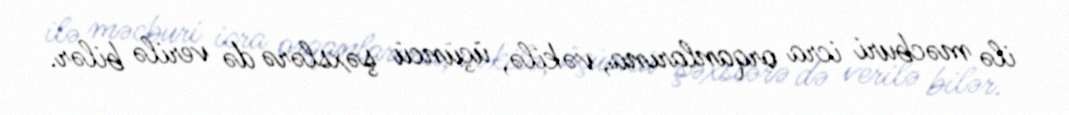
ilə məcburi icra orqanlarına, vəkilə, üçüncü şəxslərə də verilə bilər.